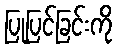
ပြုပြင်ခြင်းကို